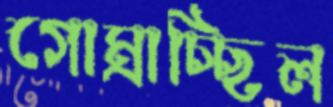
গোম্‌রাচ্ছিল